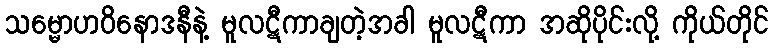
သမ္မောဟဝိနောဒနီနဲ့ မူလဋီကာချတဲ့အခါ မူလဋီကာ အဆိုပိုင်းလို့ ကိုယ်တိုင်